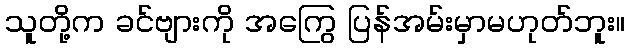
သူတို့က ခင်ဗျားကို အကြွေ ပြန်အမ်းမှာမဟုတ်ဘူး။